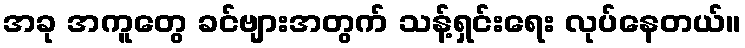
အခု အကူတွေ ခင်ဗျားအတွက် သန့်ရှင်းရေး လုပ်နေတယ်။